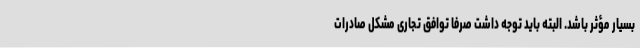
بسیار مؤثر باشد. البته باید توجه داشت صرفاً توافق تجاری مشکل صادرات